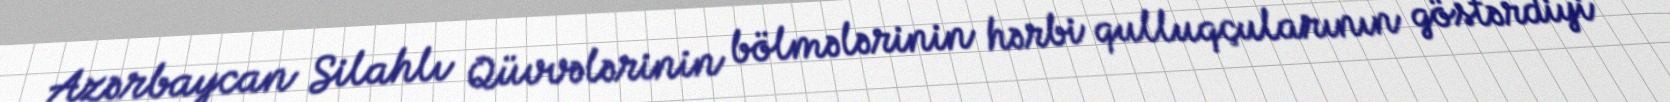
Azərbaycan Silahlı Qüvvələrinin bölmələrinin hərbi qulluqçularının göstərdiyi